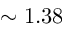
\sim 1 . 3 8